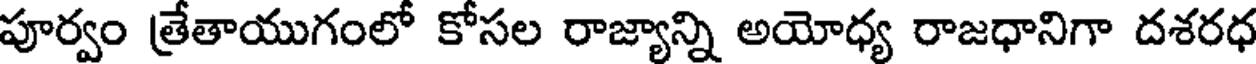
పూర్వం త్రేతాయుగంలో కోసల రాజ్యాన్ని అయోధ్య రాజధానిగా దశరధ